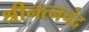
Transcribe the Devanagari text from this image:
श्रीनत्नचंद